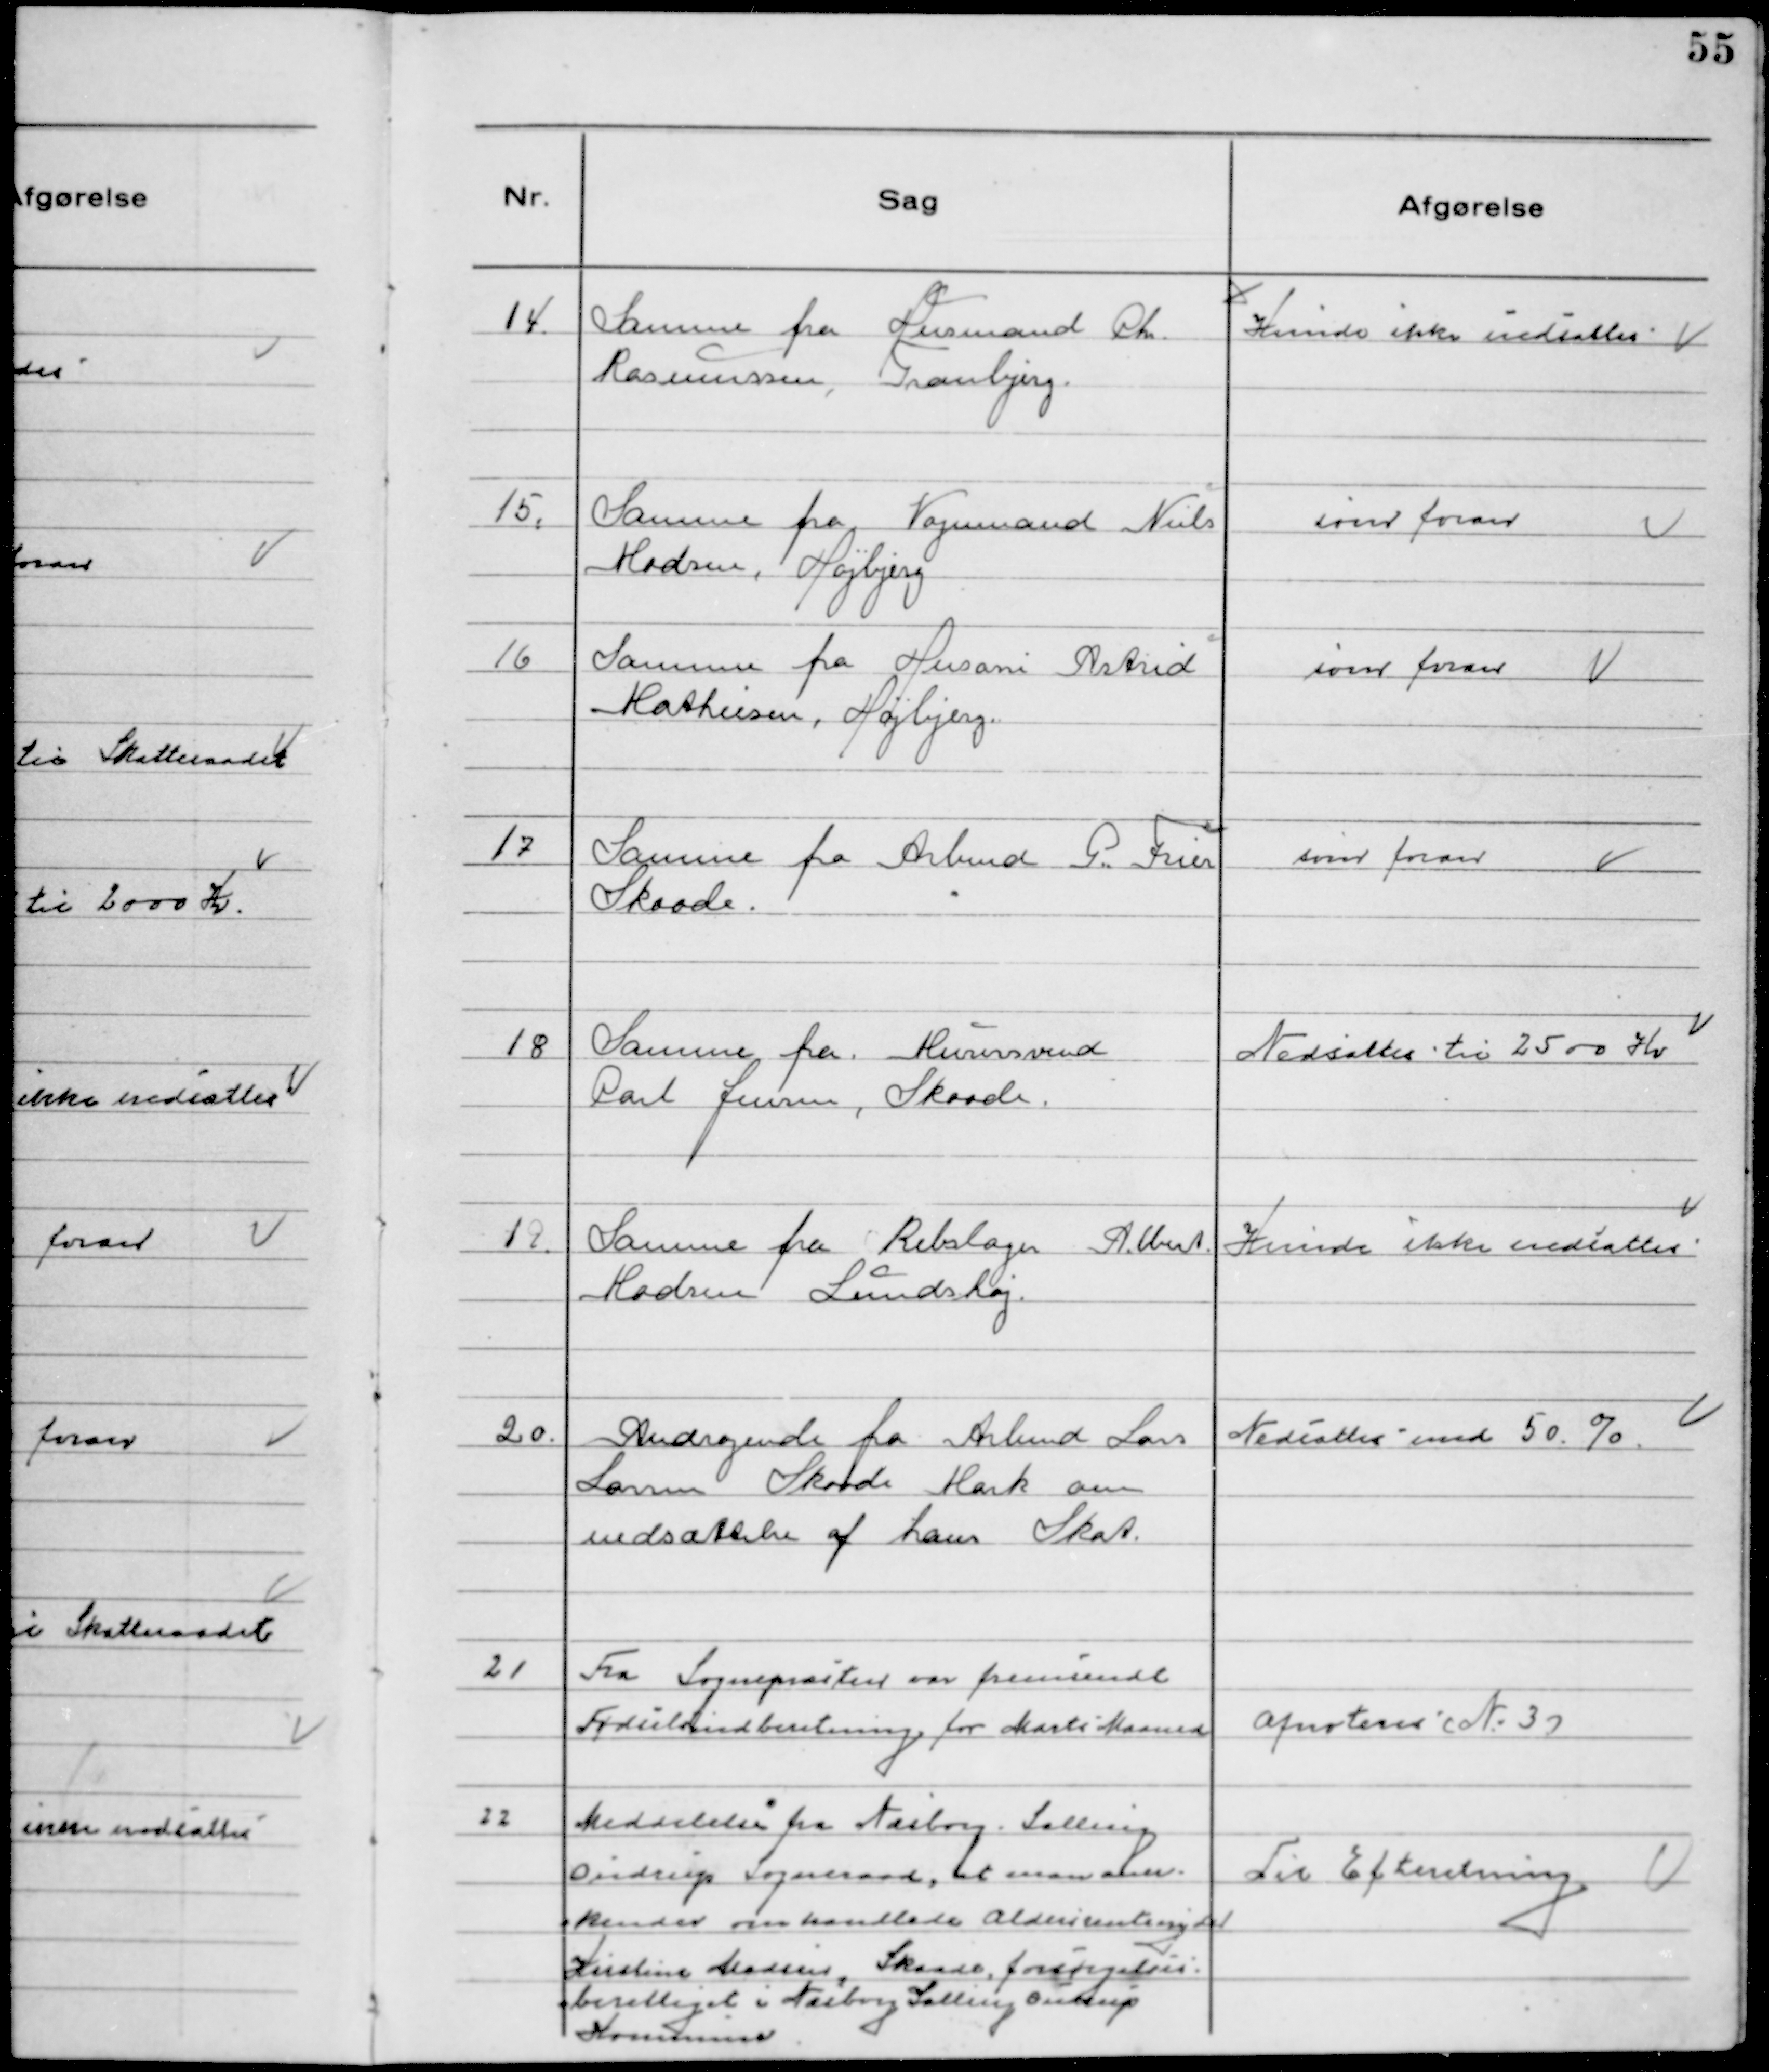
Transskription:
14. Samme fra Husmand Chr.
Rasmussen, Tranbjerg.

Kunde ikke nedsættes

15. Samme fra Vognmand Niels
Madsen, Højbjerg

som foran

16. Samme fra Husassi Astrid
Mathiesen,Højbjerg.

som foran

17. Samme fra Arbmd P. Trier
Skaade.

som foran

18 Samme fra Murersvend
Paul Jensen, Skaade.

Nedsattes til 2500 Kr

19. Samme fra Rebslager Albert
Madsen Lundshøj.

Kunde ikke nedsættes

20. Andragende fra Arbmd Lars
Larsen Skaade Mark om
nedsættelse af hans Skat.

Nedsattes med 50%

21 Fra Sognepræsten var fremsendt
Fødselsindberetning for Marts Maaned

Afnoteres No 37

22 Meddelelse fra Næsborg Salling
Oudrup Sogneraad, at man Aner-
kender omhandlede Aldersrentenyder
Kirstine Madsen, Skaade, forsørgelses-
berettiget i Næsborg Salling Oudrup
Kommune.

Til Efteretning